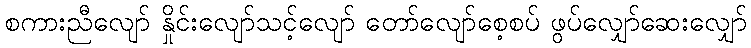
စကားညီလျော် နှိုင်းလျော်သင့်လျော် တော်လျော်စေ့စပ် ဖွပ်လျှော်ဆေးလျှော်